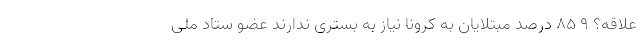
علاقه؟ ۹ ۸۵ درصد مبتلایان به کرونا نیاز به بستری ندارند عضو ستاد ملی